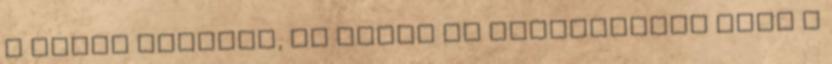
a Vasas mellett, ha nekik is megfelelőek azok a